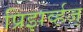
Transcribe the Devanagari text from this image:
प्रिझर्व्हज्